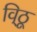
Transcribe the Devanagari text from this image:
वि्ठू